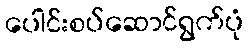
ပေါင်းစပ်ဆောင်ရွက်ပုံ